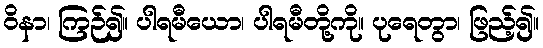
ဝိနာ၊ ကြဉ်၍။ ပါရမီယော၊ ပါရမီတို့ကို။ ပုရေတွာ၊ ဖြည့်၍။